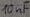
Text: 10nF